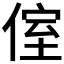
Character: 𠋤